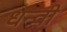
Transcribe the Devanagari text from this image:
धन्वी